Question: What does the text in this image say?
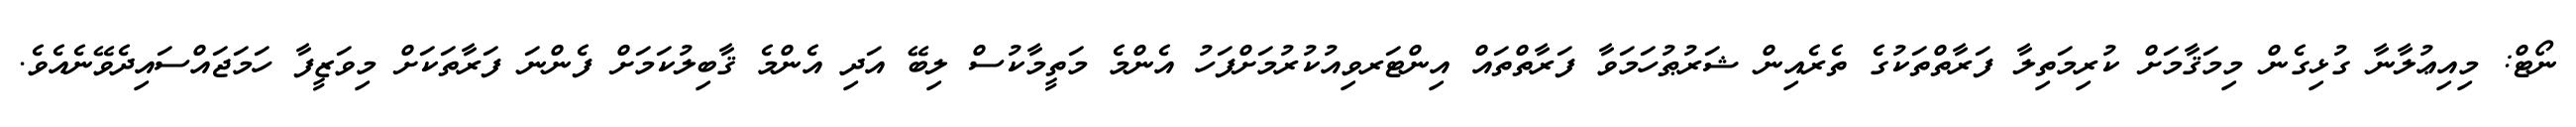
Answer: ނޯޓް: މިއިޢުލާނާ ގުޅިގެން މިމަޤާމަށް ކުރިމަތިލާ ފަރާތްތަކުގެ ތެރެއިން ޝަރުޠުހަމަވާ ފަރާތްތައް އިންޓަރވިއުކުރުމަށްފަހު އެންމެ މަތީމާކުސް ލިބޭ އަދި އެންމެ ޤާބިލުކަމަށް ފެންނަ ފަރާތަކަށް މިވަޒީފާ ހަމަޖައްސައިދެވޭނެއެވެ.